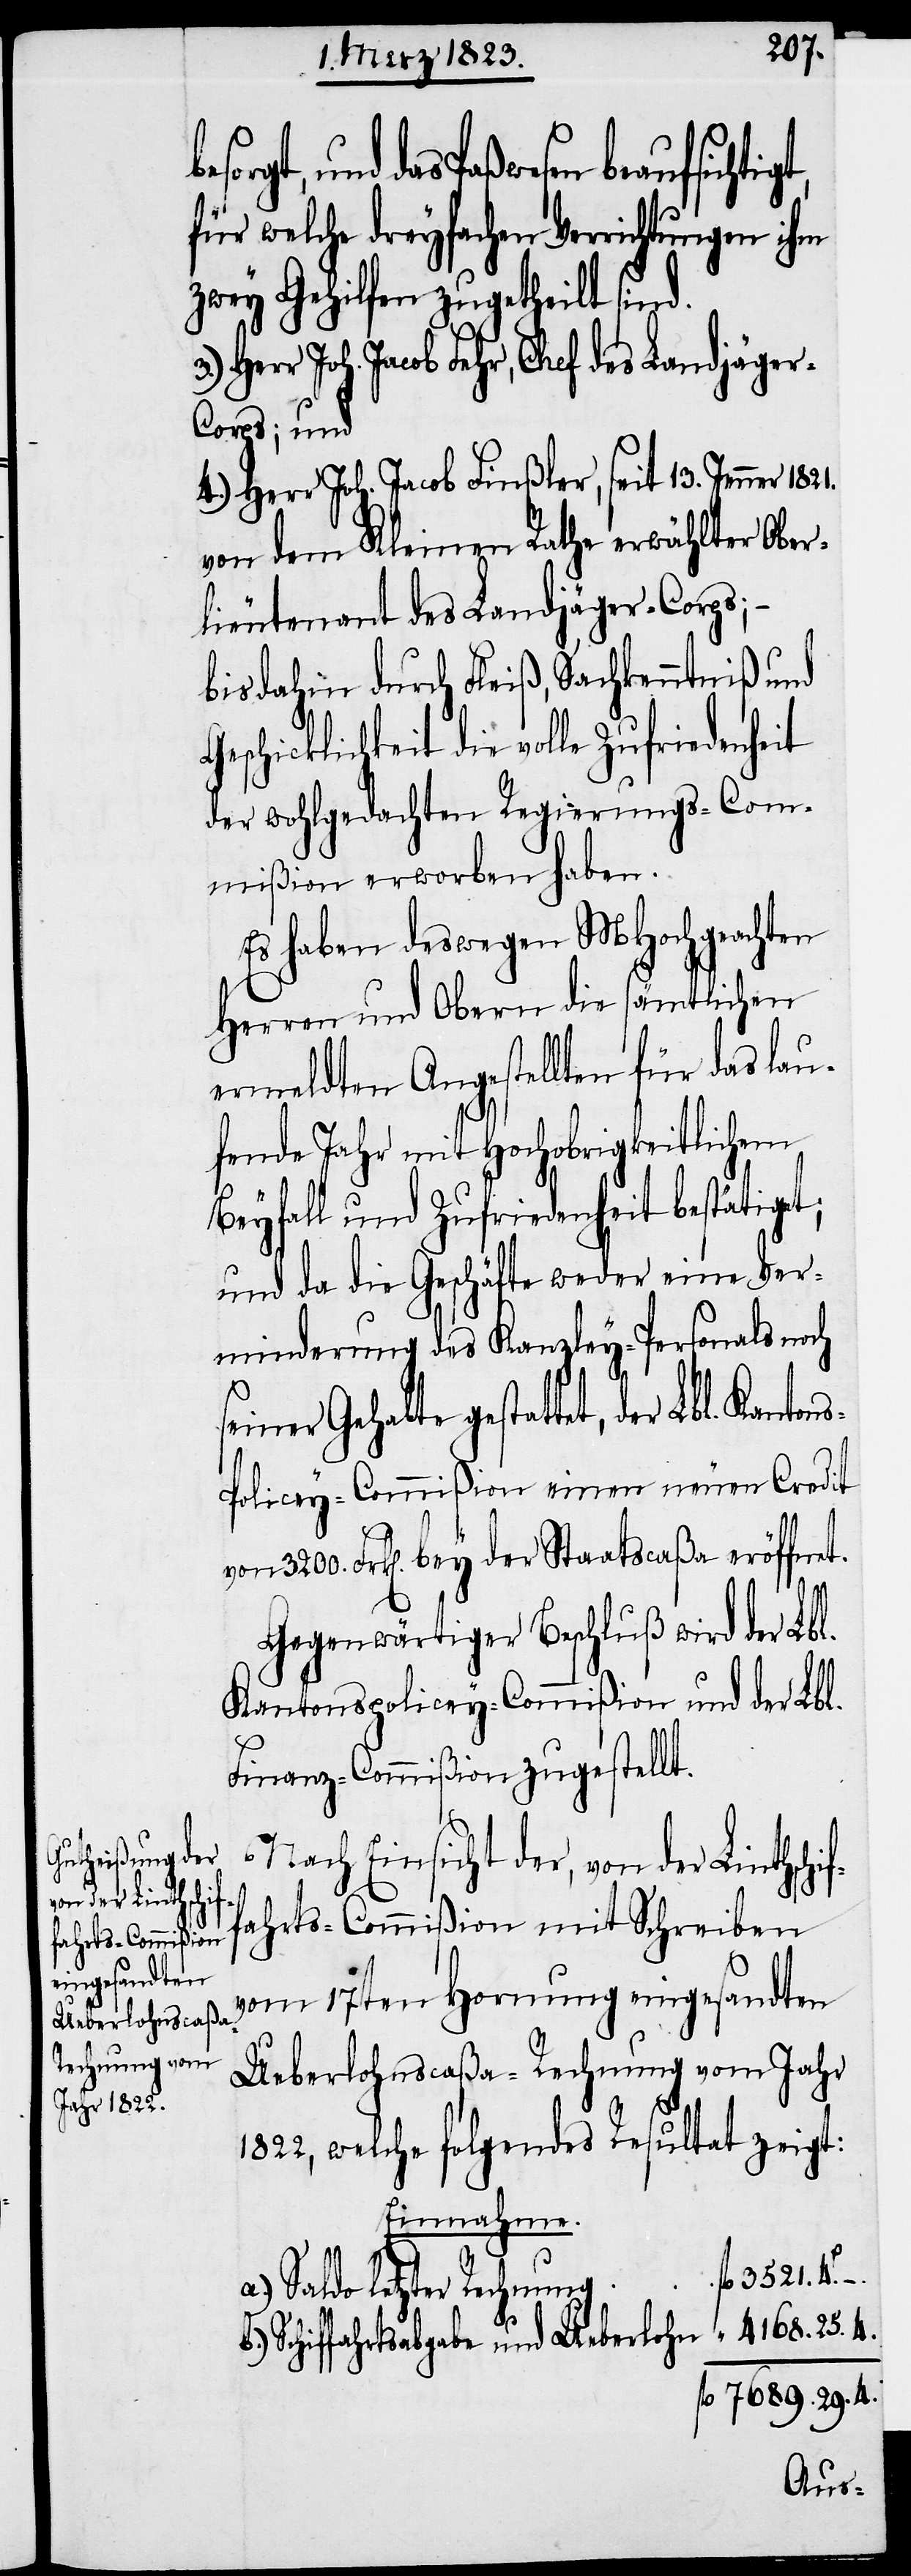
if¬
für welche dreyfachen Verrichtungen ihm
zwey Gehilfen zugetheilt sind.
Herr Joh. Jacob Fehr, Chef des Landjäge¬
r-Corps; und
4.) Herr Joh. Jacob Finßler, seit 13. Jenner
von dem Kleinen Rathe erwählter Ober¬
lieutenant des Landjäger-Corps; –
bis dahin durch Fleiß, Sachkenntniß und
Geschicklichkeit die volle Zufriedenheit
der wohlgedachten Regierungs-Com¬
mißion erworben haben.
Es haben deswegen MHochgeachten
Herren und Obern die sämtlichen
ermeldten Angestellten für das lau¬
fende Jahr mit Hochobrigkeitlichem
Beyfall und Zufriedenheit bestätiget;
und da die Geschäfte weder eine Ver¬
minderung des Kanzley-Personals noch
gestattet, der Lbl. Kanton¬
s-Policey-Commißion einen neuen Credit
Gegenwärtiger Beschluß wird der Lbl.
Kantonspolicey-Commißion und der Lbl.
Finanz-Commißion zugestellt.
Nach Einsicht der, von der Linthsch¬
fahrts-Commißion mit Schreiben
vom 17ten Hornung eingesandten
Ueberlohnscaßa-Rechnung vom Jahr
1822, welche folgendes Resultat zeigt:
Einnahme.
Saldo letzter Rechnung
Schiffahrtsabgabe und Ueberlohn